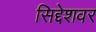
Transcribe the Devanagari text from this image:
सिद्देशवर